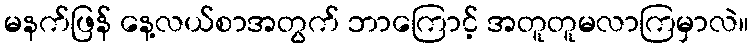
မနက်ဖြန် နေ့လယ်စာအတွက် ဘာကြောင့် အတူတူမလာကြမှာလဲ။